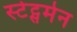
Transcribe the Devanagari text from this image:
स्‍टेट्समेन